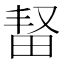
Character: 𬏆